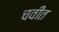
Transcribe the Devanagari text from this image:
चवीत